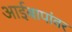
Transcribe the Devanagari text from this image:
आईबापांवर